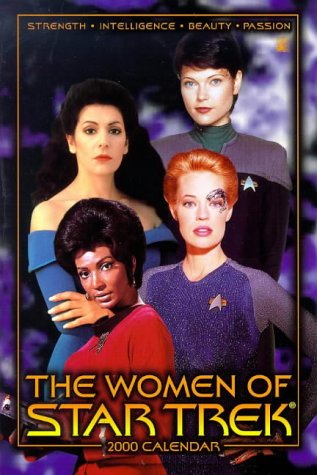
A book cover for The Women of Star Trek 2000 Calendar; Calendars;